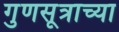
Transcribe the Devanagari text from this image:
गुणसूत्राच्या